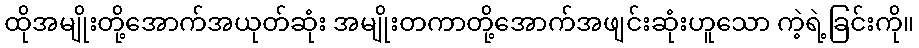
ထိုအမျိုးတို့အောက်အယုတ်ဆုံး အမျိုးတကာတို့အောက်အဖျင်းဆုံးဟူသော ကဲ့ရဲ့ခြင်းကို။